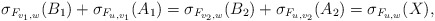
\begin{align*}\sigma_{F_{v_1,w}}(B_1) + \sigma_{F_{u,v_1}}(A_1) = \sigma_{F_{v_2,w}}(B_2) + \sigma_{F_{u,v_2}}(A_2) = \sigma_{F_{u,w}}(X),\end{align*}